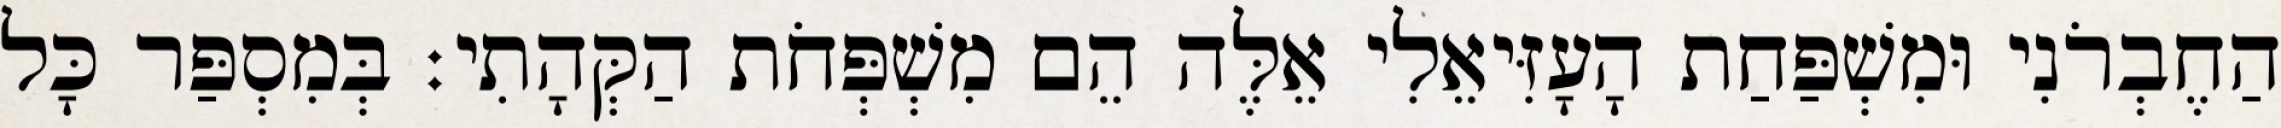
הַחֶבְרֹנִי וּמִשְׁפַּחַת הָעָזִּיאֵלִי אֵלֶּה הֵם מִשְׁפְּחֹת הַקְּהָתִי׃ בְּמִסְפַּר כָּל